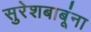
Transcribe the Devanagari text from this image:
सुरेशबाबूंना